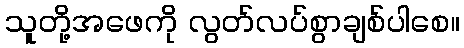
သူတို့အဖေကို လွတ်လပ်စွာချစ်ပါစေ။